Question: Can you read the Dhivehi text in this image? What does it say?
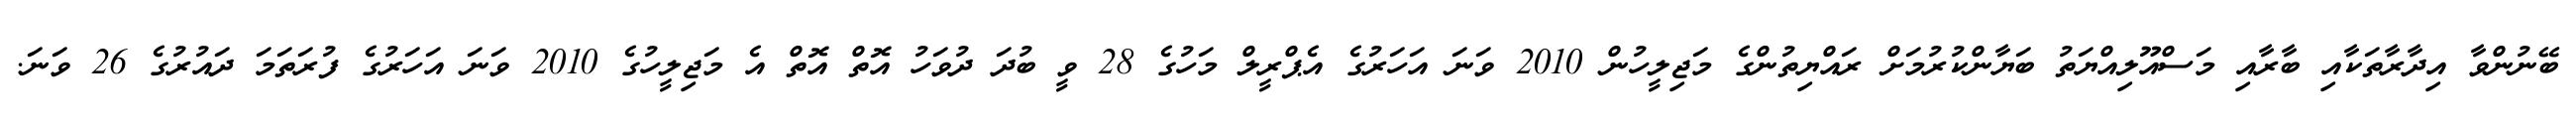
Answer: ބޭނުންވާ އިދާރާތަކާއި ބާރާއި މަސްއޫލިއްޔަތު ބަޔާންކުރުމަށް ރައްޔިތުންގެ މަޖިލީހުން 2010 ވަނަ އަހަރުގެ އެޕްރީލް މަހުގެ 28 ވީ ބުދަ ދުވަހު އޮތް އޮތް އެ މަޖިލީހުގެ 2010 ވަނަ އަހަރުގެ ފުރަތަމަ ދައުރުގެ 26 ވަނަ.